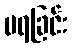
မရခြင်း